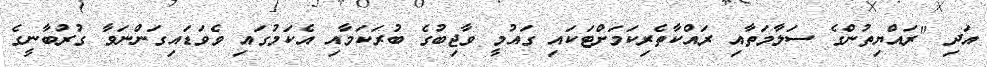
އަދި "ރައްޔިތުންގެ ސަލާމަތާއި ރައްކާތެރިކަމަށްޓަކައި ގައުމީ ވާޖިބުގެ ބުރަކަމާއި އެކަމުގައި ވެވަޑައިގަަންނަވާ ގުރުބާނީގެ